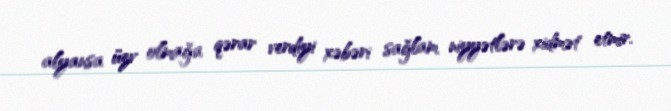
alyansa üzv olmağa qərar verdiyi xəbəri sağlam niyyətlərə xidmət etmir.